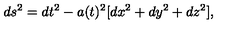
d s ^ { 2 } = d t ^ { 2 } - a ( t ) ^ { 2 } [ d x ^ { 2 } + d y ^ { 2 } + d z ^ { 2 } ] ,